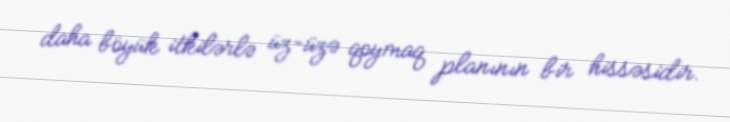
daha böyük itkilərlə üz-üzə qoymaq planının bir hissəsidir.